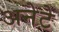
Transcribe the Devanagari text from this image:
अनेटे